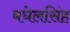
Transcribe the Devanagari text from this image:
बघेलसिंह